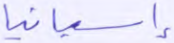
إسبانيا